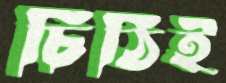
চিঠিই